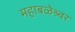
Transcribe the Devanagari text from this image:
महाबळेश्र्वर